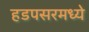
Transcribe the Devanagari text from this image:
हडपसरमध्ये